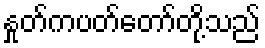
နှုတ်ကပတ်တော်တို့သည်